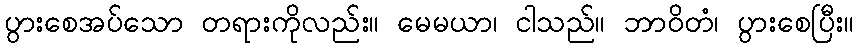
ပွားစေအပ်သော တရားကိုလည်း။ မေမယာ၊ ငါသည်။ ဘာဝိတံ၊ ပွားစေပြီး။